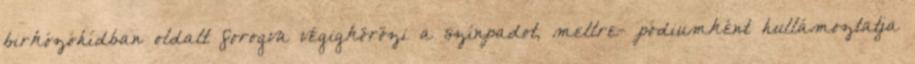
birkózóhídban oldalt forogva végigkörözi a színpadot, mellre- pódiumként hullámoztatja